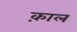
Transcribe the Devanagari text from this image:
क़ाल